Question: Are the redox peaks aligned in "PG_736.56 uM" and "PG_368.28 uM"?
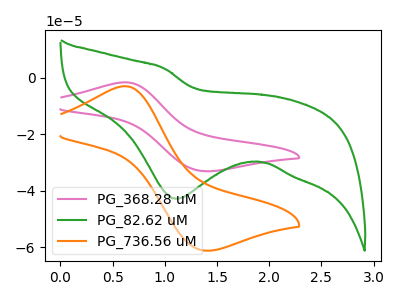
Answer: <think>The pink curve "PG_368.28 uM" has an anodic peak at (0.60V, -1.60uA) and a cathodic peak at (1.40V, -33.05uA). The green curve "PG_82.62 uM" has a cathodic peak at: (1.10V, -42.80uA). The orange curve "PG_736.56 uM" has an anodic peak at (0.60V, -3.00uA) and a cathodic peak at (1.40V, -61.15uA).</think>
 <answer>Yes, "PG_736.56 uM" have a peak in "PG_368.28 uM" at the same potential.</answer>
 <eval>match</eval>